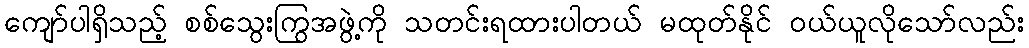
ကျော်ပါရှိသည့် စစ်သွေးကြွအဖွဲ့ကို သတင်းရထားပါတယ် မထုတ်နိုင် ဝယ်ယူလိုသော်လည်း